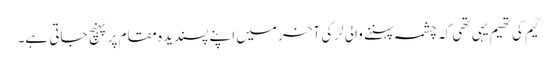
گیم کی تھیم یہی تھی کہ چشمہ پہننے والی لڑکی آخر میں اپنے پسندیدہ مقام پر پہنچ جاتی ہے۔